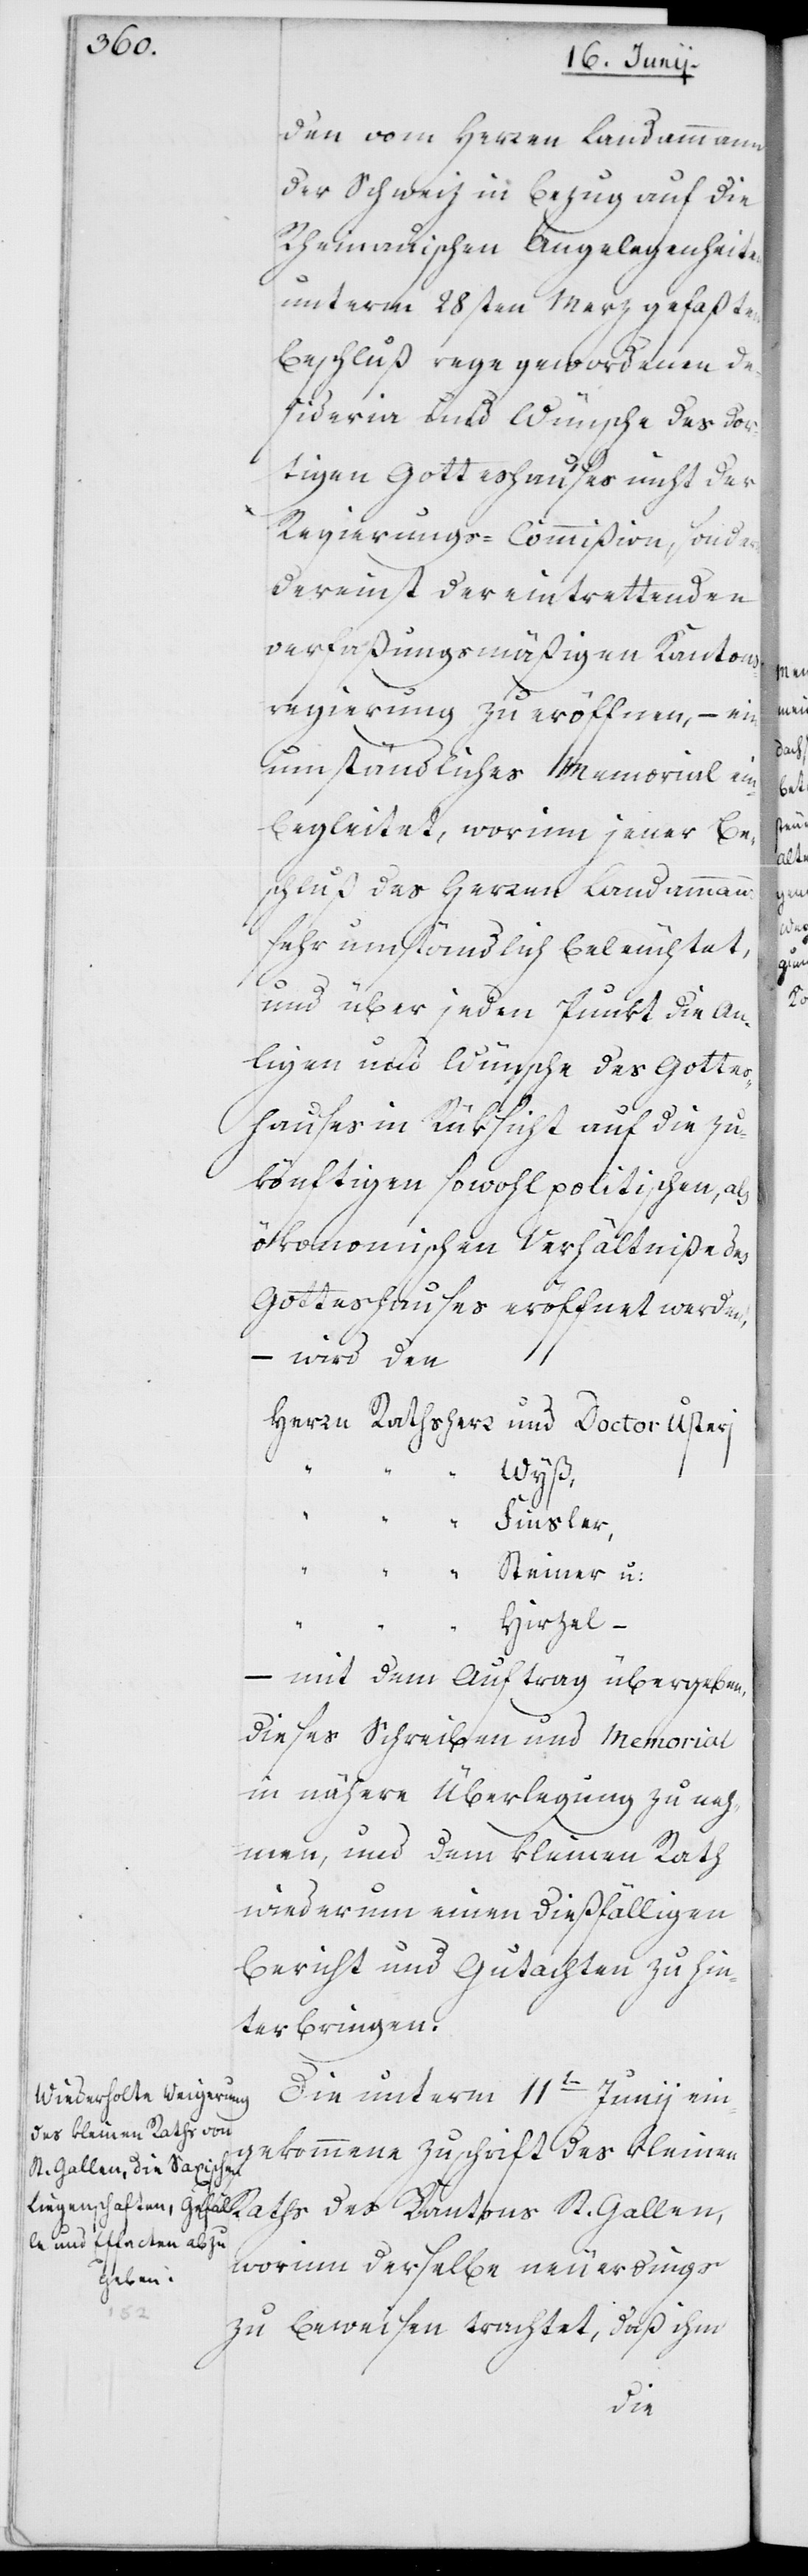
den vom Herren Landammann
der Schweiz in Bezug auf die
Rheinauischen Angelegenheiten
unterm 28sten Merz gefaßten
Beschluß rege gewordenen De¬
sideria und Wünsche des dor¬
tigen Gotteshauses nicht der
Regierungs-Commißion, sondern
dereinst der eintrettenden
verfaßungsmäßigen Kantons¬
regierung zu eröffnen, – ein
umständliches Memorial ein¬
begleitet, worinn jener Be¬
schluß des Herren Landammanns
sehr umständlich beleuchtet,
und über jeden Punkt die An¬
liegen und Wünsche des Gottes¬
hauses in Rüksicht auf die zu¬
könftigen sowohl politischen, als
ökonomischen Verhältniße des
Gotteshauses eröffnet werden,
– wird den
Herrn Rathsherr Doctor Usterj
Wyß,
" Finsler,
" Steiner u:
Hirzel –
– mit dem Auftrag übergeben,
dieses Schreiben und Memorial
in nähere Überlegung zu neh¬
men, und dem kleinen Rath
wiederum einen dießfälligen
Bericht und Gutachten zu hin¬
terbringen.
Die unterm 11ten Juni ein¬
gekommene Zuschrift des Kleinen
worinn derselbe neuerdings
Gallen,
zu beweisen trachtet, daß ihm
des